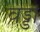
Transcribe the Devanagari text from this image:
वड्डा